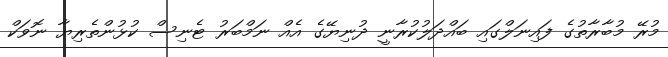
މުރޭ މުބާރާތުގެ ފައިނަލްގައި ބައްދަލުކުރާނީ ދުނިޔޭގެ އެއް ނަމްބަރު ޓެނިސް ކުޅުންތެރިޔާ ނޮވަކް